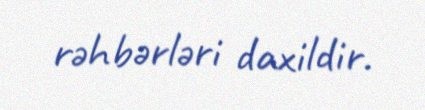
rəhbərləri daxildir.